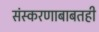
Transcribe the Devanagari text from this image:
संस्करणाबाबतही